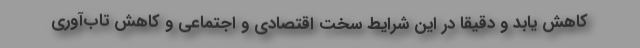
کاهش یابد و دقیقا در این شرایط سخت اقتصادی و اجتماعی و کاهش تاب‌آوری